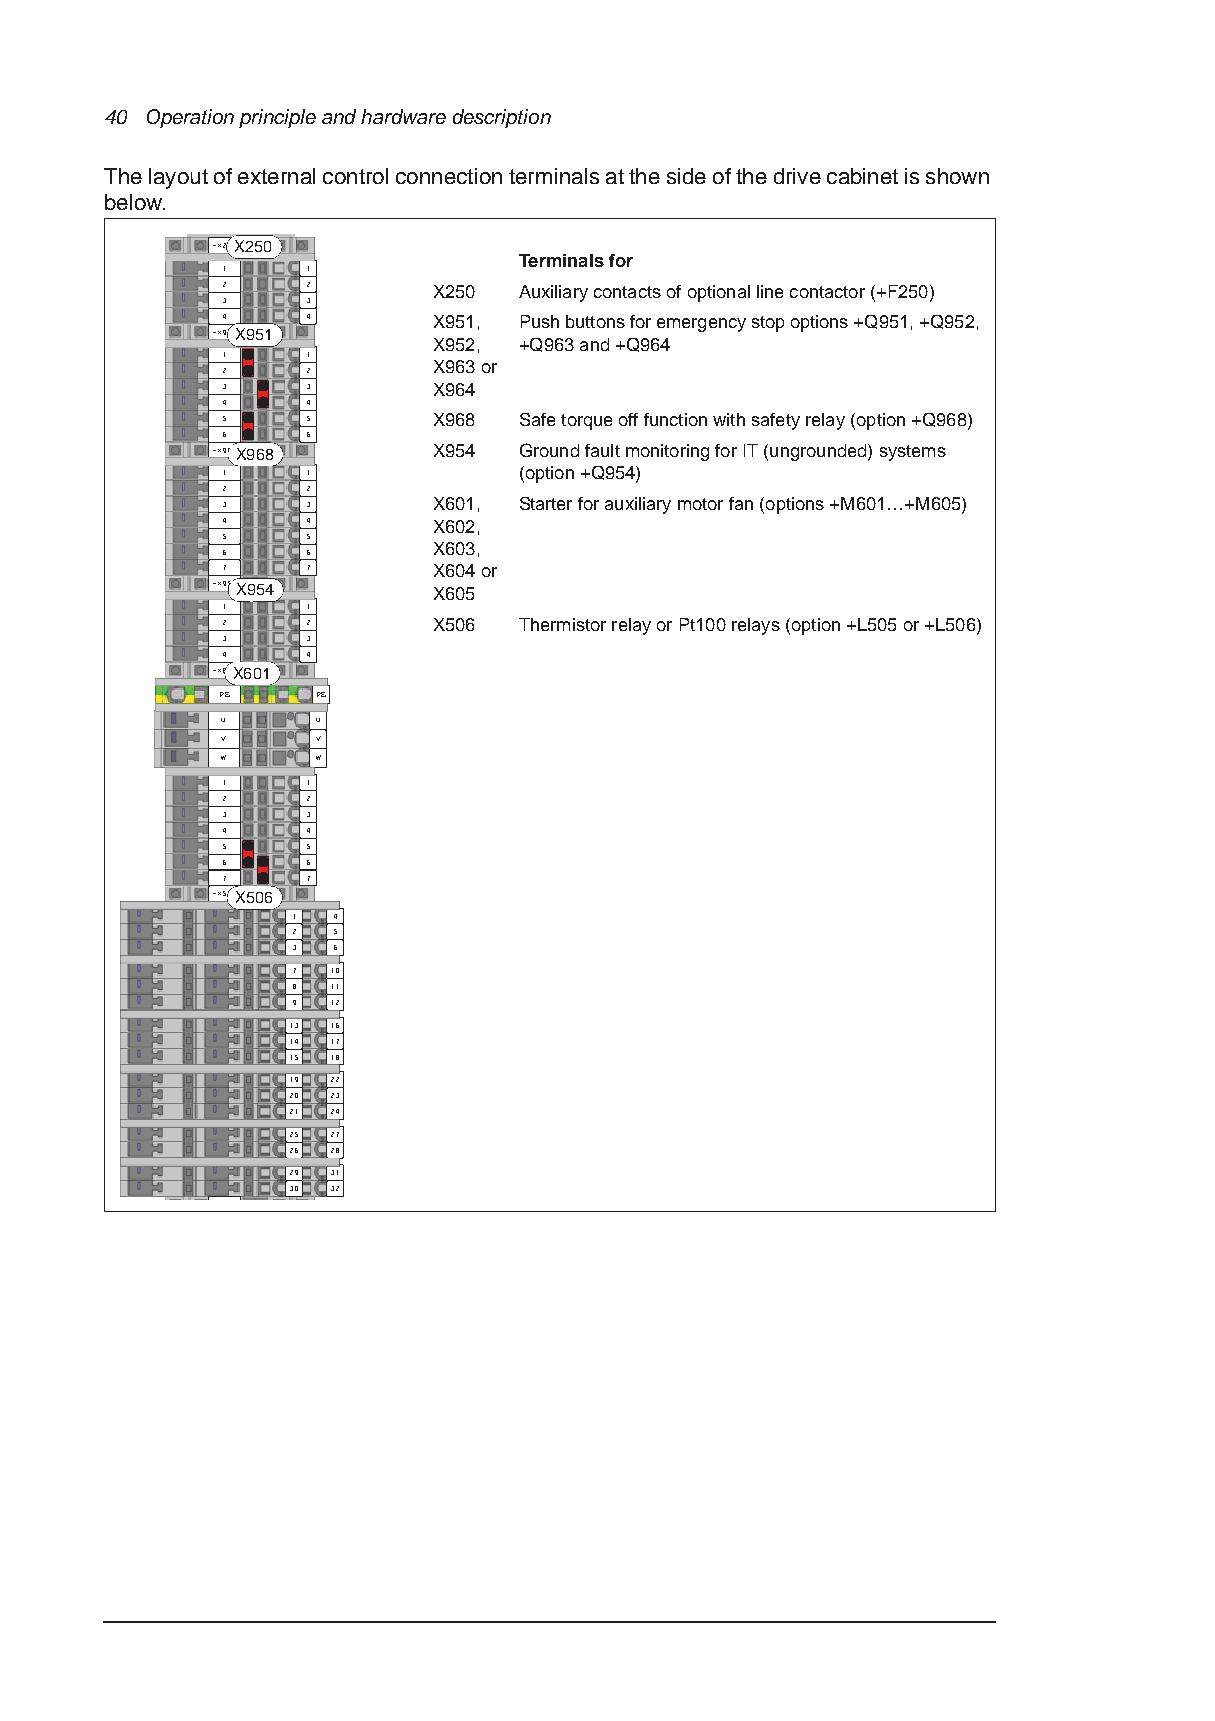
40 Operation principle and hardware description
 The layout of external control connection terminals at the side of the drive cabinet is shown
 below.
 -X250X250
 Terminals for
 1    1
 2    2        X250 Auxiliary contacts of optional line contactor (+F250)
 3    3
 4    4        X951, Push buttons for emergency stop options +Q951, +Q952,
 -X951X951
 X952, +Q963 and +Q964
 1    1
 2    2        X963 or
 3    3        X964
 4    4
 5    5        X968 Safe torque off function with safety relay (option +Q968)
 6    6
 -X968X968      X954 Ground fault monitoring for IT (ungrounded) systems
 1    1             (option +Q954)
 2    2
 3    3        X601, Starter for auxiliary motor fan (options +M601…+M605)
 4    4        X602,
 5    5
 6    6        X603,
 7    7        X604 or
 -X954X954
 X605
 1    1
 2    2        X506 Thermistor relay or Pt100 relays (option +L505 or +L506)
 3    3
 4    4
 -X601X601
 PE    PE
 U     U
 V     V
 W     W
 1    1
 2    2
 3    3
 4    4
 5    5
 6    6
 7    7
 -X506X506
 1  4
 2  5
 3  6
 7  10
 8  11
 9  12
 13 16
 14 17
 15 18
 19 22
 20 23
 21 24
 25 27
 26 28
 29 31
 30 32
 -X9